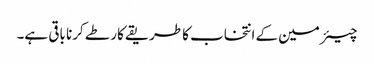
چیئرمین کے انتخاب کا طریقے کار طے کرنا باقی ہے۔